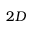
2 D